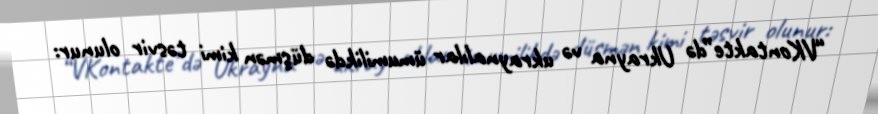
“VKontakte”də Ukrayna və ukraynalılar ümumilikdə düşmən kimi təsvir olunur: